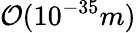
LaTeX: {\mathcal O}(10^{-35}m)